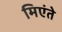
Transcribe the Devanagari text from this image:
मिएंते